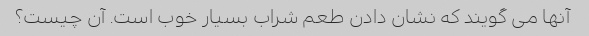
آنها می گویند که نشان دادن طعم شراب بسیار خوب است. آن چیست؟